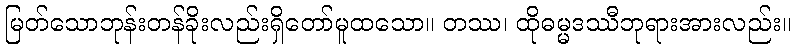
မြတ်သောဘုန်းတန်ခိုးလည်းရှိတော်မူထသော။ တဿ၊ ထိုဓမ္မဒဿီဘုရားအားလည်း။